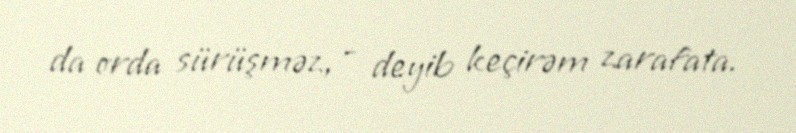
da orda sürüşməz, - deyib keçirəm zarafata.